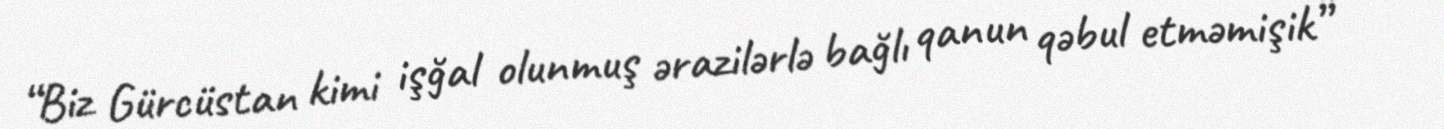
“Biz Gürcüstan kimi işğal olunmuş ərazilərlə bağlı qanun qəbul etməmişik” -